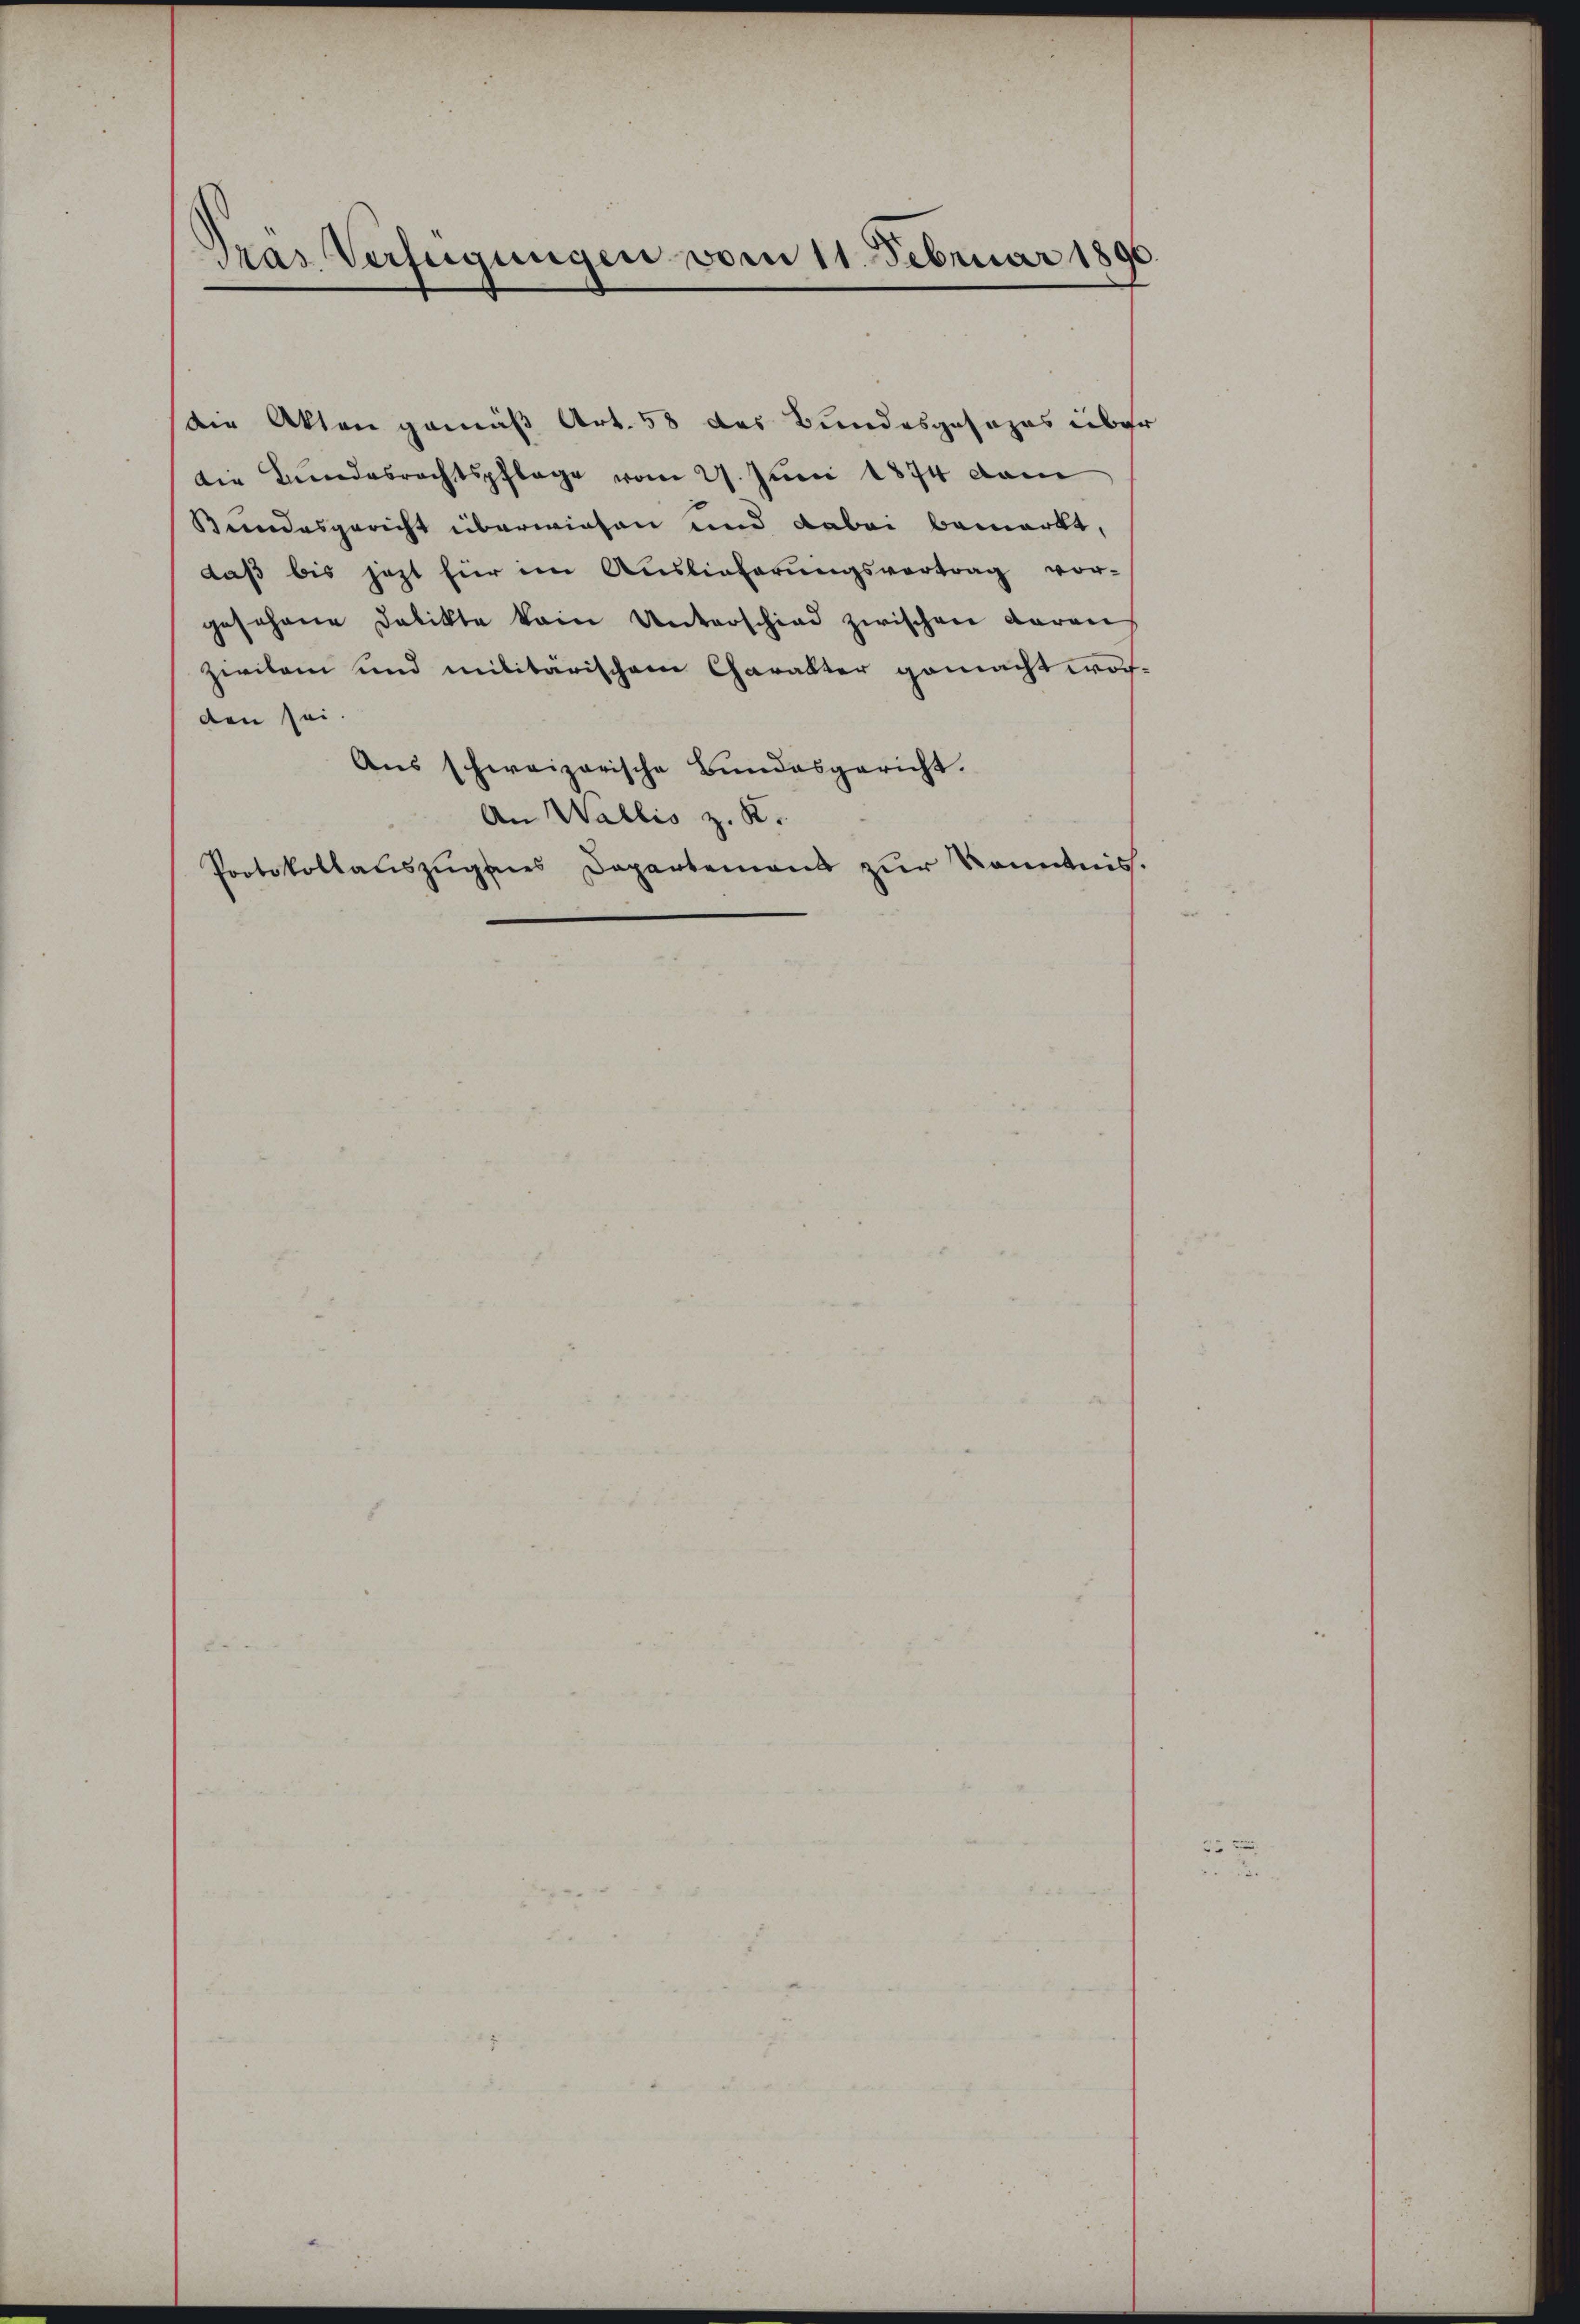
Pras Verfügungen vom 11. Februar 1890.

die Bundesrechtspflege vom 27. Juni 1874 dam
Bundesgericht überwiesen und dabei bemerkt,
daß bis jezt für im Auslieferungsvertrag vor-
gesehene Delikte kain Unterschied zwischen daran
zivilen und militärischen Charakter gemacht worden sei.
Ans schweizerische Bundesgericht.
An Wallis z. R.
Protokollauszugenes Departement zur Kenntnis.

die Akten gemäß Art. 58 das Bundesgesezes über

5